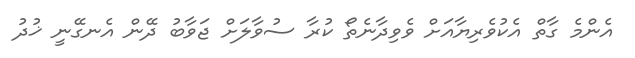
އެންމެ ގާތް އެކުވެރިޔާއަށް ވެވިދާާނެތޯ ކުރާ ސުވާލަށް ޖަވާބު ދޭން އެނގޭނީ ޚުދު